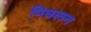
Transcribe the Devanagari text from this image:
पिघलन